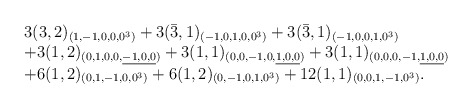
\begin{align*}\begin{array}{l}3(3,2)_{(1,-1,0,0,0^3)}+3(\bar{3},1)_{(-1,0,1,0,0^3)}+3(\bar{3},1)_{(-1,0,0,1,0^3)} \\+3(1,2)_{(0,1,0,0,\underline{-1,0,0})}+3(1,1)_{(0,0,-1,0,\underline{1,0,0})}+3(1,1)_{(0,0,0,-1,\underline{1,0,0})}\\+6(1,2)_{(0,1,-1,0,0^3)}+6(1,2)_{(0,-1,0,1,0^3)}+12(1,1)_{(0,0,1,-1,0^3)}. \\\end{array}\end{align*}